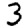
Digit: 3